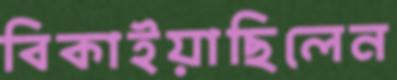
বিকাইয়াছিলেন